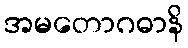
အမတောဂဓာနိ